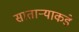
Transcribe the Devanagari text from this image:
साताऱ्याकडे